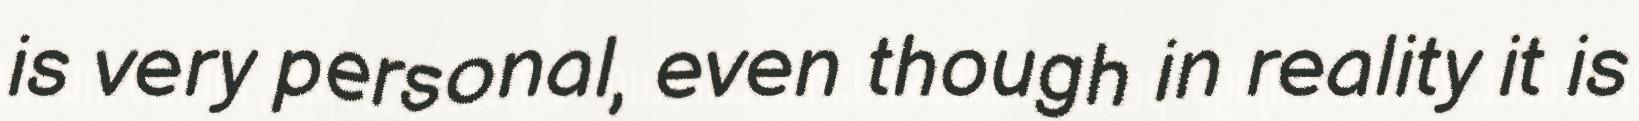
is very personal, even though in reality it is